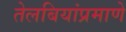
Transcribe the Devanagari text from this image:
तेलबियांप्रमाणे